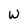
Character: W